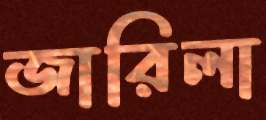
জারিলা